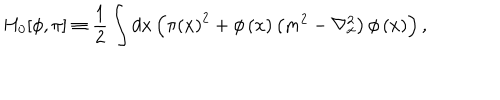
H _ { 0 } [ \phi , \pi ] \equiv \frac { 1 } { 2 } \int d x \left( \pi \left( x \right) ^ { 2 } + \phi \left( x \right) \left( m ^ { 2 } - \nabla _ { x } ^ { 2 } \right) \phi \left( x \right) \right) ,